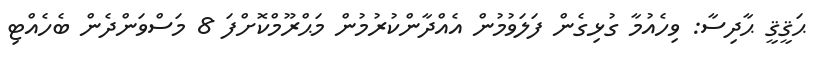
ޙަޤީޤީ ޙާދިސާ: ވިހެއުމާ ގުޅިގެން ފަލަވުމުން އެއްދާންކުރުމުން މަޙްރޫމްކޮށްފަ 8 މަސްވަންދެން ބެހެއްޓި